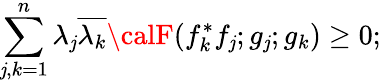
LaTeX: \sum_{\mathit{j},k=1}^{n}\lambda_{\mathit{j}}\overline{{{{\lambda_{k}}}}}{\calF}(f_{k}^{*}f_{\mathit{j}};g_{\mathit{j}};g_{k})\ge0;